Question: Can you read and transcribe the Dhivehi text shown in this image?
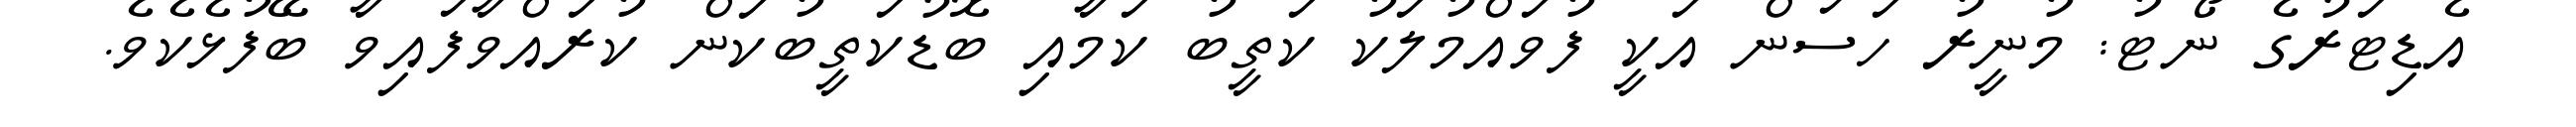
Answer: އެޑިޓަރުގެ ނޯޓު: މުނީރު ހަސަން އަކީ ފުވައްމުލަކު ކަތީބު ކަމާއި ބޮޑުކަތީބުކަން ކުރައްވާފައިވާ ބޭފުޅެކެވެ.